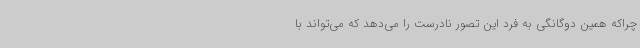
چراکه همین دوگانگی به فرد این تصور نادرست را می‌دهد که می‌تواند با